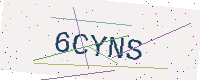
Text: 6CYNS